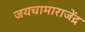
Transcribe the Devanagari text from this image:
जयचामाराजेंद्र